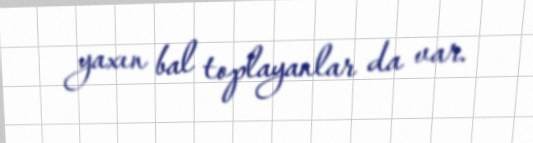
yaxın bal toplayanlar da var.